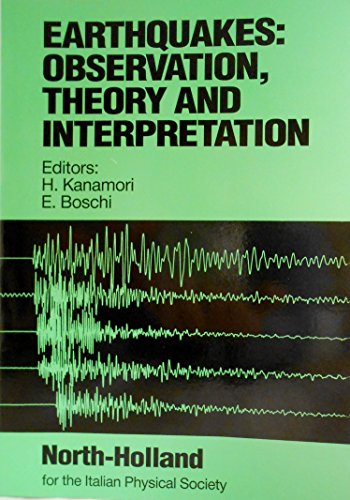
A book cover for Earthquakes: Observation Theory and Interpretation : Proceedings of the Intl Sch of Physics Enrico Fermi, Course Lxxxv, Varenna Italy; H. Kanamori; Science & Math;